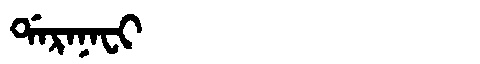
Manchu: ᡩᠠᡵᠠᠨᠠᠸᡳ
Romanization: DARANAFI